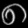
Digit: ၈